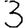
Digit: 3